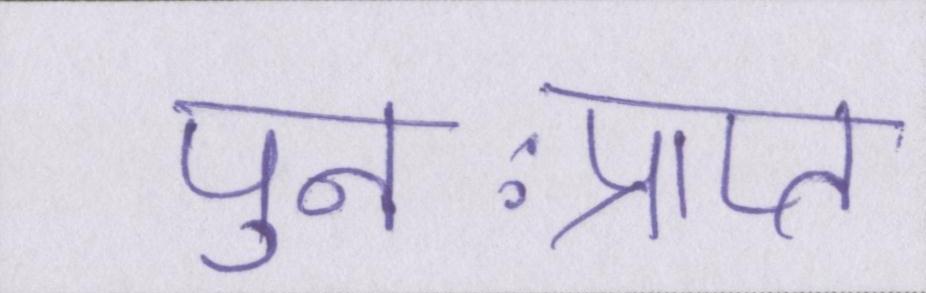
पुनःप्राप्त